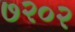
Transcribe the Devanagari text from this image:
७२०२